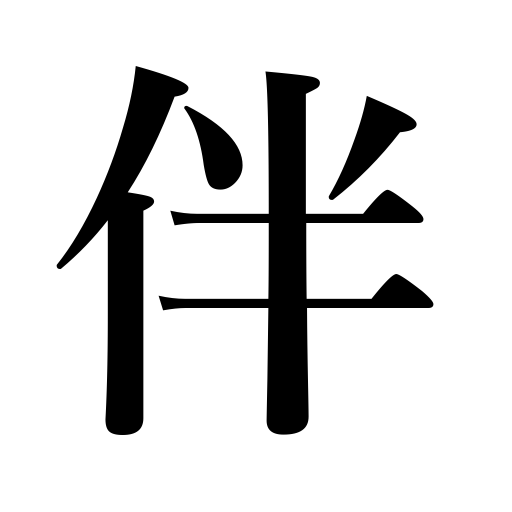
Meanings: accompany,be involved in,bring with,be accompanied by